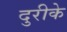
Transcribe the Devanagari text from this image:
दुरीके